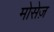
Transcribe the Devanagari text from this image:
मोसेज़